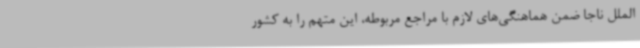
الملل ناجا ضمن هماهنگی‌های لازم با مراجع مربوطه، این متهم را به کشور